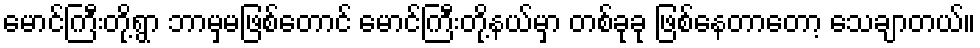
မောင်ကြီးတို့ရွာ ဘာမှမဖြစ်တောင် မောင်ကြီးတို့နယ်မှာ တစ်ခုခု ဖြစ်နေတာတော့ သေချာတယ်။